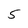
Character: 5